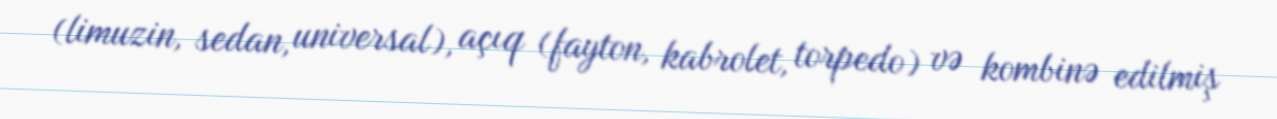
(limuzin, sedan, universal), açıq (fayton, kabrolet, torpedo) və kombinə edilmiş